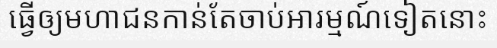
ធ្វើឲ្យមហាជនកាន់តែចាប់អារម្មណ៍ទៀតនោះ